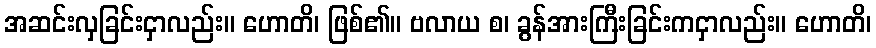
အဆင်းလှခြင်းငှာလည်း။ ဟောတိ၊ ဖြစ်၏။ ဗလာယ စ၊ ခွန်အားကြီးခြင်းကငှာလည်း။ ဟောတိ၊